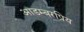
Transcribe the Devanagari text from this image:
आडम्बरप्रिय